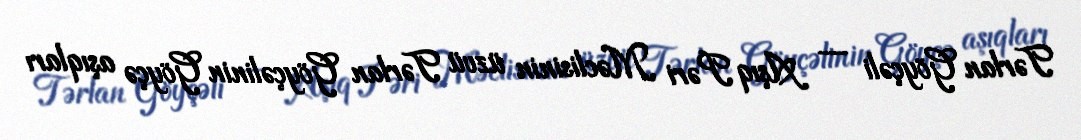
Tərlan Göyçəli — Aşıq Pəri Məclisinin üzvü Tərlan Göyçəlinin Göyçə aşıqları